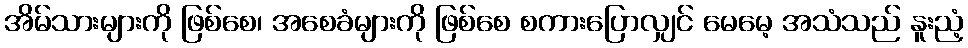
အိမ်သားများကို ဖြစ်စေ၊ အစေခံများကို ဖြစ်စေ စကားပြောလျှင် မေမေ့ အသံသည် နူးညံ့